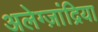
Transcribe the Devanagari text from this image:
अलेग्ज़ांद्रिया